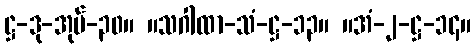
ဋ္ဌ-ဒု-အုပ်-၃၀။ ။သဂါထာ-သံ-ဋ္ဌ-၁၃။ ။အံ-၂-ဋ္ဌ-၁၄။